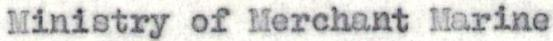
Ministry of Merchant Marine